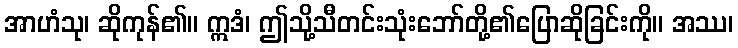
အာဟံသု၊ ဆိုကုန်၏။ ဣဒံ၊ ဤသို့သီတင်းသုံးဘော်တို့၏ပြောဆိုခြင်းကို။ အဿ၊